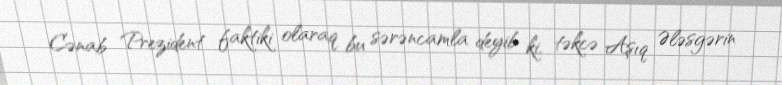
Cənab Prezident faktiki olaraq bu sərəncamla deyib ki, təkcə Aşıq Ələsgərin